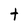
Character: t